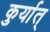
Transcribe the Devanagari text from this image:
कुर्यात्‌